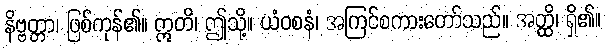
နိဗ္ဗတ္တာ၊ ဖြစ်ကုန်၏။ ဣတိ၊ ဤသို့။ ယံဝစနံ၊ အကြင်စကားတော်သည်။ အတ္ထိ၊ ရှိ၏။